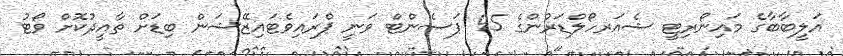
އަލީބާބާގެ މައިނޯރިޓީ ޝެއަރހޯލްޑަރުންގެ 95 ޕަސެންޓް ވަނީ ޕްރައިވެޓައިޒޭޝަން ބިޑަށް ތާއީދުކޮށް ވޯޓު